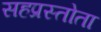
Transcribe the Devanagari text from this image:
सहप्रस्तोता